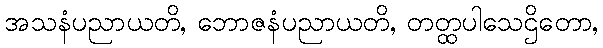
အသနံပညာယတိ, ဘောဇနံပညာယတိ, တတ္ထပါသေဌိတော,